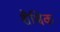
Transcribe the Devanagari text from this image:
शैश्विक